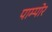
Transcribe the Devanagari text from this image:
पाम्पोर